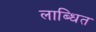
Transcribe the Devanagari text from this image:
लाब्धित